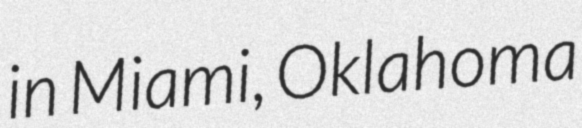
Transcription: in Miami, Oklahoma